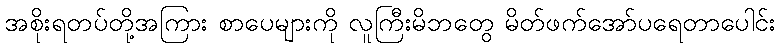
အစိုးရတပ်တို့အကြား စာပေများကို လူကြီးမိဘတွေ မိတ်ဖက်အော်ပရေတာပေါင်း